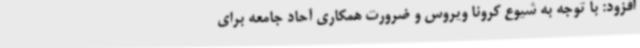
افزود: با توجه به شیوع کرونا ویروس و ضرورت همکاری آحاد جامعه برای